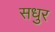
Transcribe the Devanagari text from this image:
सधुर